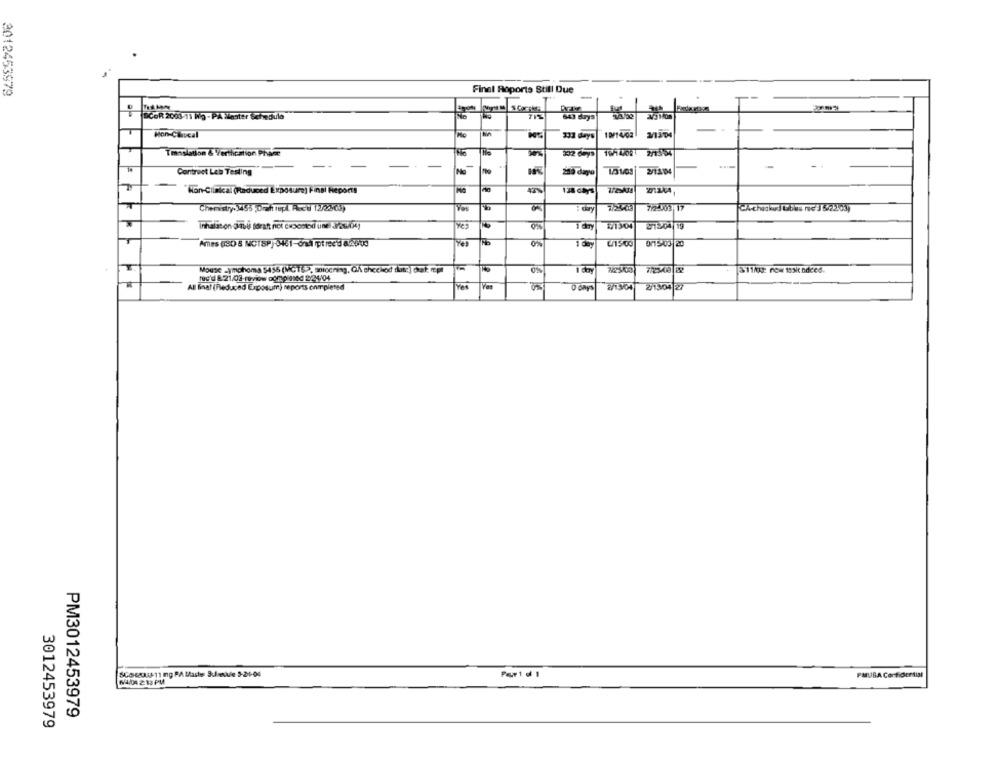
3012453979
Finel Roports Still Due
-
ECOR 2008-11 Wg - PA ilester Schedule
643 days
Hon-Caucal
332 days
19/14/02
Translation & Verthication Pivaer
-
Contract Leb Testing
No
2/13:04
Hon-Clinical (Raduced Exposure) Finsi Heporta
Chemistry: 3455 Draft repl. Aved 12/22035
772- 03 17
T
İnhalinon (juli foratt not cuocokod une 3/2004)
Tary
51304
$1204 19
0%
0/1503 20
Mouse Lymphoma 5455 (MGTS), soiocning, Ch shechod data) cak repi
11/xx: now tosk ndced.
All Bnat (Reduced Exposum) reports completed
O days
2/13704
21304 27
Somos11 ng PA tache Suele 5-21-04
PMLIGA Confidential
64/04 213 PM
PM3012453979
3012453979